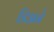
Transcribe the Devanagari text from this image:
डिअने